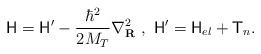
LaTeX: \begin{align*}\mathsf{H}= \mathsf{H}' - \frac{\hbar^2}{2M_T}\nabla^2_{\bf R}\ ,\ \mathsf{H}'=\mathsf{H}_{el} + \mathsf{T}_{n}.\end{align*}